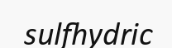
sulfhydric